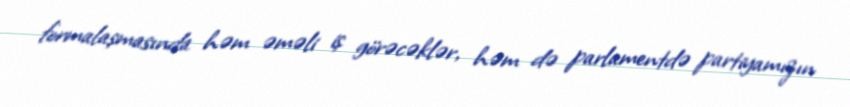
formalaşmasında həm əməli iş görəcəklər, həm də parlamentdə partiyamızın